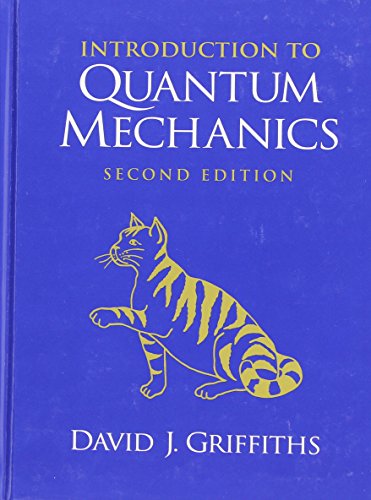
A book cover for Introduction to Quantum Mechanics (2nd Edition); David J. Griffiths; Science & Math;